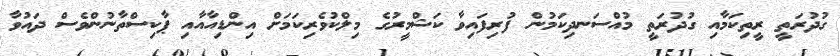
ގުދުރަތީ ރީތިކަމާއި ގުދުރަތީ މުއްސަނދިކަމުން ފުރިފައިވާ ކަޝްމީރުގެ މިލްކުވެރިކަމަށް އިންޑިއާއާއި ޕާކިސްތާނުންވެސް ދައުވާ